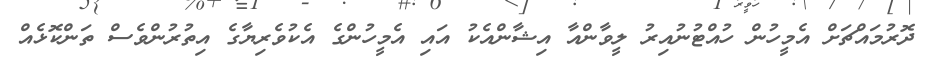
ދޮރުމައްޗަށް އެމީހުން ހުއްޓުނުއިރު ލީވާންއާ އިޝާންއެކު އައި އެމީހުންގެ އެކުވެރިޔާގެ އިތުރުންވެސް ތަންކޮޅެއް